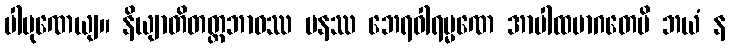
ပါပုဏေယျ။ နိယျာတိတတ္တဘာဝဿ ပနဿ ဘေရဝါရမ္မဏေ အာပါထမာဂတေပိ ဘယံ န